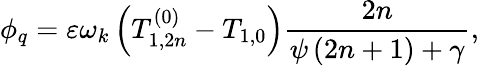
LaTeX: \phi_{q}=\varepsilon\omega_{k}\left(T_{1,2n}^{\left(0\right)}-T_{1,0}\right)\frac{2n}{\psi\left(2n+1\right)+\gamma},